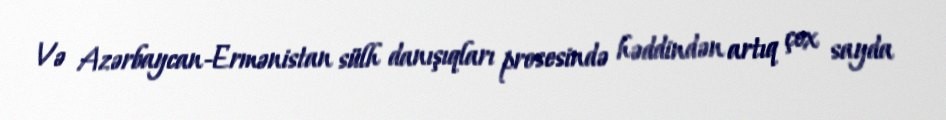
Və Azərbaycan-Ermənistan sülh danışıqları prosesində həddindən artıq çox sayda